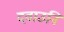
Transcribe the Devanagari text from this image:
दवाउनि